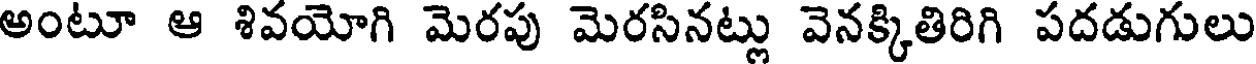
అంటూ ఆ శివయోగి మెరపు మెరసినట్లు వెనక్కితిరిగి పదడుగులు